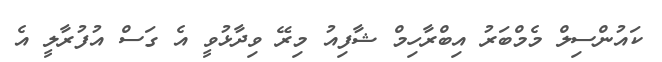
ކައުންސިލް މެމްބަރު އިބްރާހިމް ޝާފިއު މިރޭ ވިދާޅުވީ އެ ގަސް އުފުރާލީ އެ